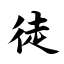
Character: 徒